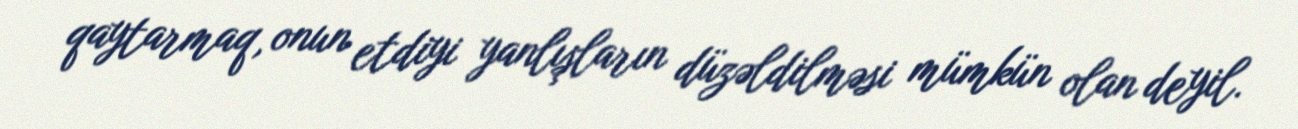
qaytarmaq, onun etdiyi yanlışların düzəldilməsi mümkün olan deyil.